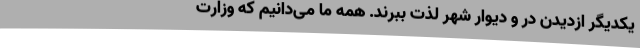
یکدیگر ازدیدن در و دیوار شهر لذت ببرند. همه ما می‌دانیم که وزارت